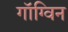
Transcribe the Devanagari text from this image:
गॉग्विन